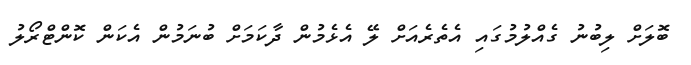
ބޮލަށް ލިބުނު ގެއްލުމުގައި އެތެރެއަށް ލޭ އެޅެމުން ދާކަމަށް ބުނަމުން އެކަން ކޮންޓްރޯލު